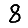
Digit: 8